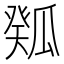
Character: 𤬉